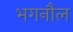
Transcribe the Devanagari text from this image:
भगनौल